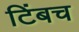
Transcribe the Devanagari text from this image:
टिंबच